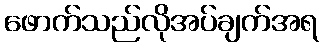
ဖောက်သည်လိုအပ်ချက်အရ